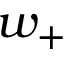
w _ { + }